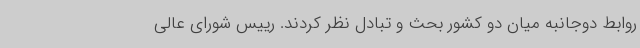
روابط دوجانبه میان دو کشور بحث و تبادل نظر کردند. رییس شورای عالی